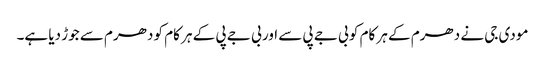
مودی جی نے دھرم کے ہر کام کو بی جے پی سے اور بی جے پی کے ہر کام کو دھرم سے جوڑ دیا ہے۔